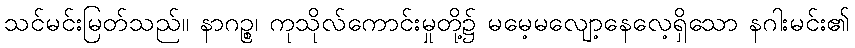
သင်မင်းမြတ်သည်။ နာဂဉ္စ၊ ကုသိုလ်ကောင်းမှုတို့၌ မမေ့မလျော့နေလေ့ရှိသော နဂါးမင်း၏